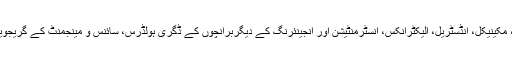
پروگرام میں الیکٹریکل، مکینیکل، انڈسٹریل، الیکٹرانکس، انسٹرمنٹیشن اور انجینئرنگ کے دیگربرانچوں کے ڈگری ہولڈرس، سائنس و مینجمنٹ کے گریجویٹس شریک ہورہے ہیں۔